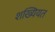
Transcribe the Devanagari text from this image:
शख्यियत